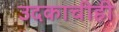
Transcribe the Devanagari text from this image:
उदकाचीही